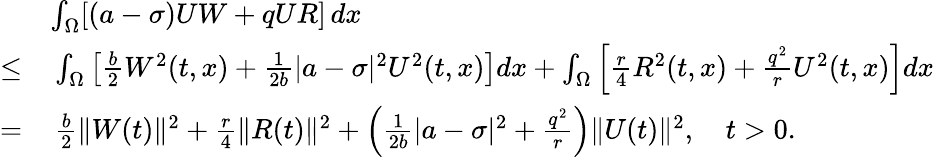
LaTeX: \begin{array}{rl}&{\int_{\Omega}[(a-\sigma)UW+qUR]\, dx}\\ {\leq}&{\, \int_{\Omega}\left[\frac{b}{2}W^{2}(t,x)+\frac{1}{2b}|a-\sigma|^{2}U^{2}(t,x)\right]dx+\int_{\Omega}\left[\frac{r}{4}R^{2}(t,x)+\frac{q^{2}}{r}U^{2}(t,x)\right]dx}\\ {=}&{\, \frac{b}{2}\| W(t)\| ^{2}+\frac{r}{4}\| R(t)\| ^{2}+\left(\frac{1}{2b}|a-\sigma|^{2}+\frac{q^{2}}{r}\right)\| U(t)\| ^{2},\quad t>0.}\end{array}